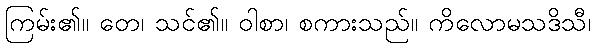
ကြမ်း၏။ တေ၊ သင်၏။ ဝါစာ၊ စကားသည်။ ကိလောမသဒိသီ၊